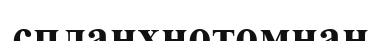
спланхнотомнан